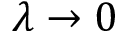
\lambda \to 0